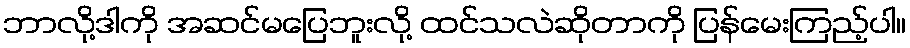
ဘာလို့ဒါကို အဆင်မပြေဘူးလို့ ထင်သလဲဆိုတာကို ပြန်မေးကြည့်ပါ။